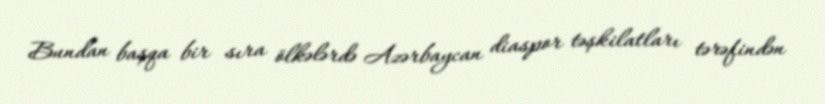
Bundan başqa bir sıra ölkələrdə Azərbaycan diaspor təşkilatları tərəfindən